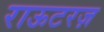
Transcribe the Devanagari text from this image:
राऊटरज़